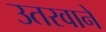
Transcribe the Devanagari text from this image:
उतरवाने